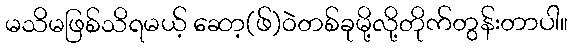
မသိမဖြစ်သိရမယ့် ဆော့(ဖ်)၀ဲတစ်ခုမို့လို့တိုက်တွန်းတာပါ။